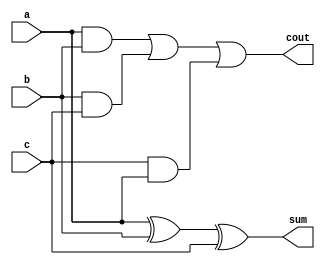
module RCadder(sum,cout,a,b,c);
    input a, b, c;
    output sum, cout;
    
    assign sum = a ^ b ^ c;
    assign cout = (a & b) | (b & c) | (c & a);
    
endmodule